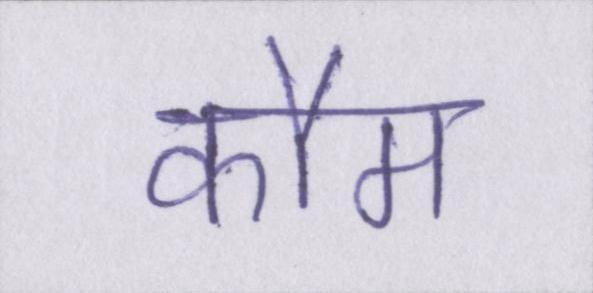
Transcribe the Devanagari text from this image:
कौम